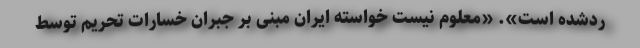
رد‌شده است». «معلوم نیست خواسته ایران مبنی بر جبران خسارات تحریم توسط